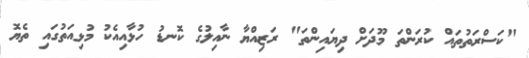
"ކަސްރަތުތައް ކުރަންތަ މޫދަށް ދިޔައިންތަ" ރަޒިއްޔާ ނާއިލުގެ ކޮނޑު ހުޅާއިއެކު މުޅިއަތުގައި ތެޔޮ